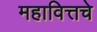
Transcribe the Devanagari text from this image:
महावित्तचे